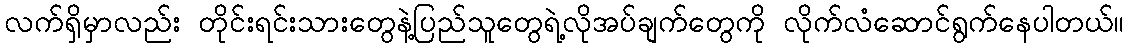
လက်ရှိမှာလည်း တိုင်းရင်းသားတွေနဲ့ပြည်သူတွေရဲ့လိုအပ်ချက်တွေကို လိုက်လံဆောင်ရွက်နေပါတယ်။